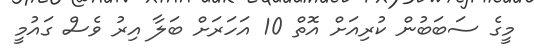
މީގެ ސަބަބުން ކުރިއަށް އޮތް 10 އަހަރަށް ބަލާ އިރު ވެސް ގައުމީ